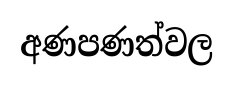
අණපණත්වල